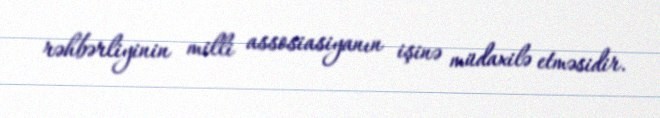
rəhbərliyinin milli assosiasiyanın işinə müdaxilə etməsidir.